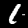
Digit: 1